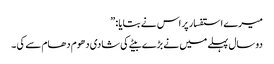
میرے استفسار پر اس نے بتایا : ”
دو سال پہلے میں نے بڑے بیٹے کی شادی دھوم دھام سے کی ۔